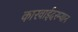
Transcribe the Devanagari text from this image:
कारवाईदरम्यान